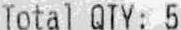
TOTAL QTY: 5